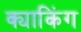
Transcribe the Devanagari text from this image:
क्याकिंग